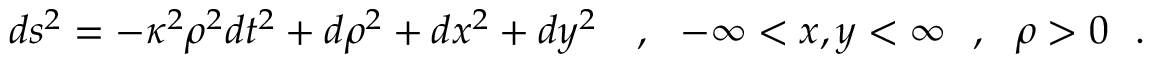
d s ^ { 2 } = - \kappa ^ { 2 } \rho ^ { 2 } d t ^ { 2 } + d \rho ^ { 2 } + d x ^ { 2 } + d y ^ { 2 } { } ~ ~ ~ , ~ ~ - \infty < x , y < \infty ~ ~ , ~ ~ \rho > 0 ~ ~ .